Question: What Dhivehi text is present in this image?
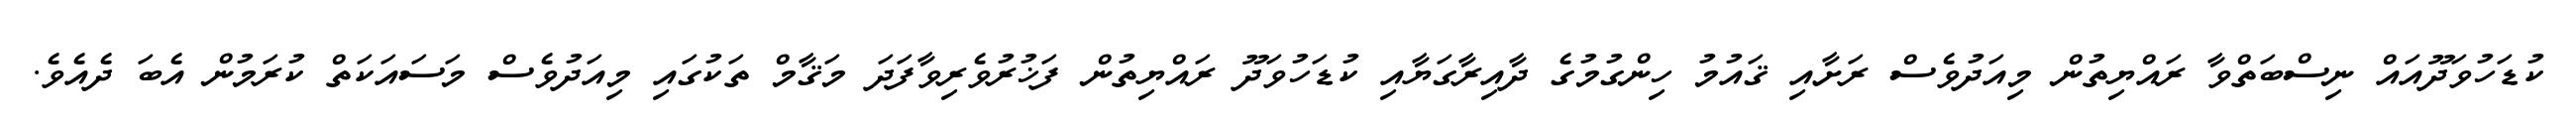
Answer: ކުޑަހުވަދޫއައް ނިސްބަތްވާ ރައްޔިތުން މިއަދުވެސް ރަށާއި ޤައުމު ހިންގުމުގެ ދާއިރާގަޔާއި ކުޑަހުވަދޫ ރައްޔިތުން ފަޚުރުވެރިވާފަދަ މަޤާމް ތަކުގައި މިއަދުވެސް މަސައަކަތް ކުރަމުން އެބަ ދެއެވެ.